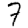
Digit: 7